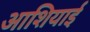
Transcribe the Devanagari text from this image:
आशियाई